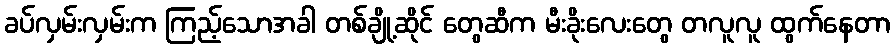
ခပ်လှမ်းလှမ်းက ကြည့်သောအခါ တစ်ချို့ဆိုင် တွေဆီက မီးခိုးလေးတွေ တလူလူ ထွက်နေတာ